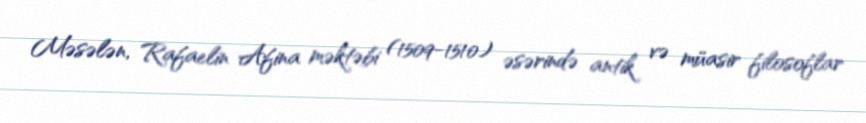
Məsələn, Rafaelin Afina məktəbi (1509-1510) əsərində antik və müasir filosoflar